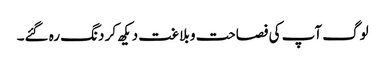
لوگ آپ کی فصاحت و بلاغت دیکھ کر دنگ رہ گئے۔